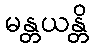
မန္တယန္တိ